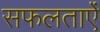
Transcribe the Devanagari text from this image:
सफलताऐं